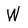
Character: W